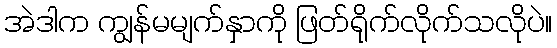
အဲဒါက ကျွန်မမျက်နှာကို ဖြတ်ရိုက်လိုက်သလိုပဲ။